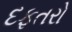
દફતરો